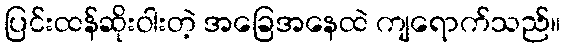
ပြင်းထန်ဆိုးဝါးတဲ့ အခြေအနေထဲ ကျရောက်သည်။